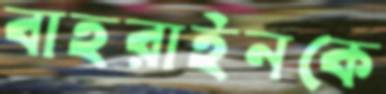
বাহরাইনকে